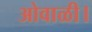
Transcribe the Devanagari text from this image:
ओवाळी।